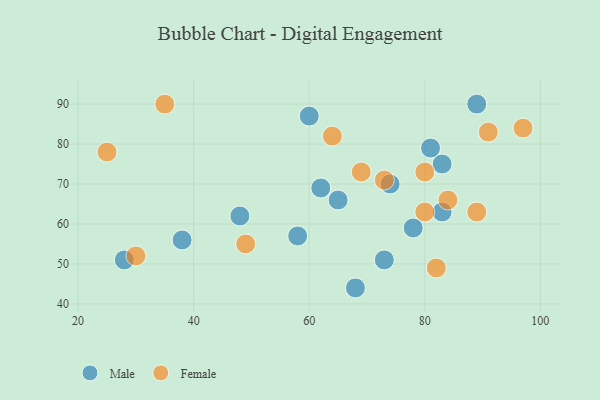
{"axis": {"x": "GDP", "y": "Life Expectancy"}, "legend": ["Female", "Male"], "data": [{"x": "65", "y": 66, "type": "Male"}, {"x": "73", "y": 51, "type": "Male"}, {"x": "83", "y": 63, "type": "Male"}, {"x": "58", "y": 57, "type": "Male"}, {"x": "60", "y": 87, "type": "Male"}, {"x": "38", "y": 56, "type": "Male"}, {"x": "28", "y": 51, "type": "Male"}, {"x": "48", "y": 62, "type": "Male"}, {"x": "78", "y": 59, "type": "Male"}, {"x": "83", "y": 75, "type": "Male"}, {"x": "81", "y": 79, "type": "Male"}, {"x": "74", "y": 70, "type": "Male"}, {"x": "62", "y": 69, "type": "Male"}, {"x": "89", "y": 90, "type": "Male"}, {"x": "68", "y": 44, "type": "Male"}, {"x": "82", "y": 49, "type": "Female"}, {"x": "89", "y": 63, "type": "Female"}, {"x": "73", "y": 71, "type": "Female"}, {"x": "49", "y": 55, "type": "Female"}, {"x": "91", "y": 83, "type": "Female"}, {"x": "30", "y": 52, "type": "Female"}, {"x": "84", "y": 66, "type": "Female"}, {"x": "80", "y": 63, "type": "Female"}, {"x": "80", "y": 73, "type": "Female"}, {"x": "35", "y": 90, "type": "Female"}, {"x": "69", "y": 73, "type": "Female"}, {"x": "64", "y": 82, "type": "Female"}, {"x": "97", "y": 84, "type": "Female"}, {"x": "25", "y": 78, "type": "Female"}]}